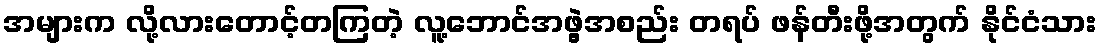
အများက လို့လားတောင့်တကြတဲ့ လူ့ဘောင်အဖွဲ့အစည်း တရပ် ဖန်တီးဖို့အတွက် နိုင်ငံသား